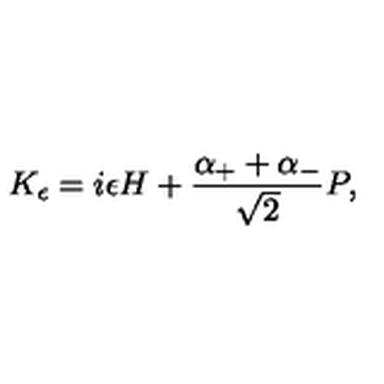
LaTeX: K _ { \epsilon } = i \epsilon H + { \frac { \alpha _ { + } + \alpha _ { - } } { \sqrt { 2 } } } P ,